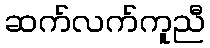
ဆက်လက်ကူညီ